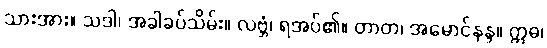
သားအား။ သဒါ၊ အခါခပ်သိမ်း။ လဗ္ဘံ၊ ရအပ်၏။ တာတ၊ အမောင်နန္ဒ။ ဣဓ၊